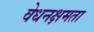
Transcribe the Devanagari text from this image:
वेधनक्षमता